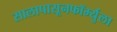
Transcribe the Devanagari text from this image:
सालापासूनफॉर्म्युला